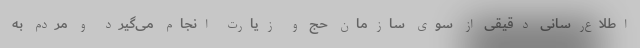
اطلاع‌رسانی دقیقی از سوی سازمان حج و زیارت انجام می‌گیرد و مردم به